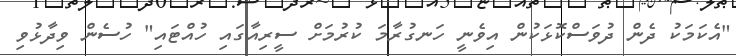
"އެކަމަކު ދެން ދުވަސްކޮޅަކުން އިވެނީ ހަނގުރާމަ ކުރުމަށް ސީރިއާގައި ހުއްޓައި" ހުސެން ވިދާޅުވި